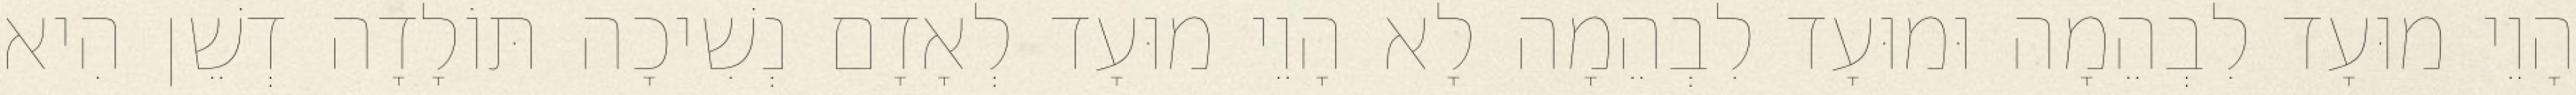
הָוֵי מוּעָד לִבְהֵמָה וּמוּעָד לִבְהֵמָה לָא הָוֵי מוּעָד לְאָדָם נְשִׁיכָה תּוֹלָדָה דְשֵׁן הִיא